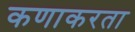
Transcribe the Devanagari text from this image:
कणाकरता